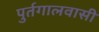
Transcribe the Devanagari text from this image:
पुर्तगालवासी